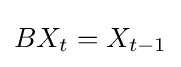
BX_{t}=X_{t-1}